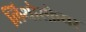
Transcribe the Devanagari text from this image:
लिथोस्फ़ेयर